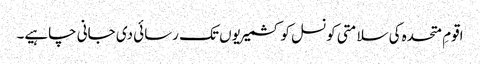
اقومِ متحدہ کی سلامتی کونسل کو کشمیریوں تک رسائی دی جانی چاہیے۔